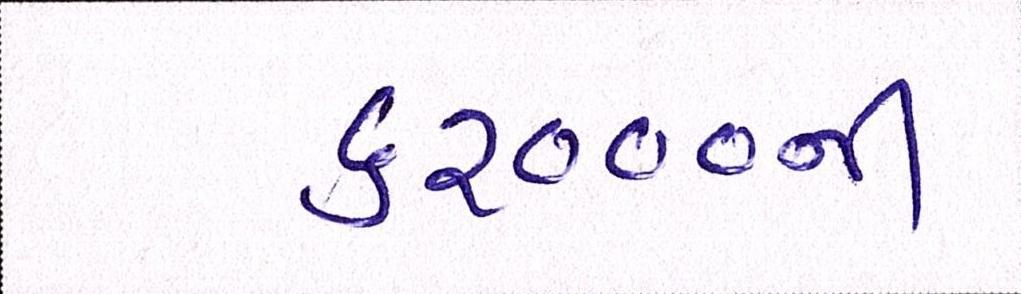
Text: ૬૨૦૦૦ની